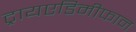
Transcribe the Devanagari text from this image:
ट्रायएडिमीफान